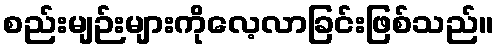
စည်းမျဉ်းများကိုလေ့လာခြင်းဖြစ်သည်။